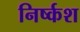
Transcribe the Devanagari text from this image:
निर्ष्कश